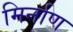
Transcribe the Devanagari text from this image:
मिर्नाण